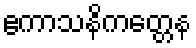
ဧကာသနိကတ္တေန